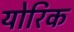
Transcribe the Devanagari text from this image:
योरिक